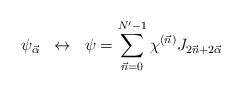
LaTeX: \begin{align*}\psi_{\vec\alpha} \;\; \leftrightarrow \;\;\psi=\sum_{\vec{n}=0}^{N'-1}\chi^{(\vec{n})}J_{2\vec{n}+2\vec{\alpha}} \end{align*}